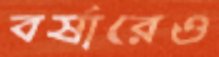
বর্ষারেও